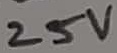
Text: 25V